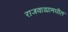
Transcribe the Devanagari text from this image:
राजवाड्यामधील